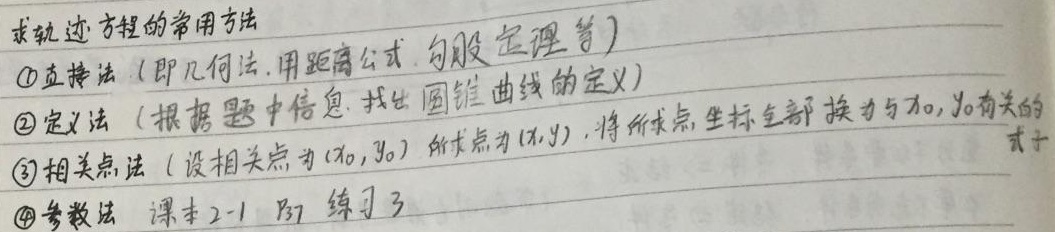
求轨迹方程的常用方法：
\textcircled{1} 直接法（即几何法，用距离公式、勾股定理等）
\textcircled{2} 定义法（根据题中信息，找出圆锥曲线的定义）
\textcircled{3} 相关点法（设相关点为\((x_0,y_0)\)，所求点为\((x,y)\)，将所求点坐标全部换为与\(x_0,y_0\)有关的式子）
\textcircled{4} 参数法

课本2 - 1 P7 练习3